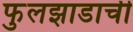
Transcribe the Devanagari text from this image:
फुलझाडाची